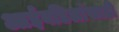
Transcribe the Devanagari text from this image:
आईवडिलांसाठी